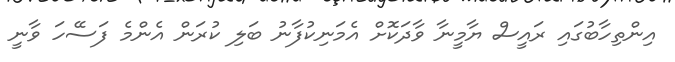
އިންތިހާބުގައި ރައީސް ޔާމީނާ ވާދަކޮށް އެމަނިކުފާނު ބަލި ކުރަން އެންމެ ފަސޭހަ ވާނީ